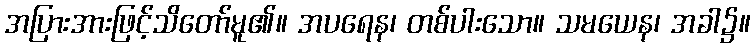
အပြားအားဖြင့်သိတော်မူ၏။ အပရေန၊ တစ်ပါးသော။ သမယေန၊ အခါ၌။